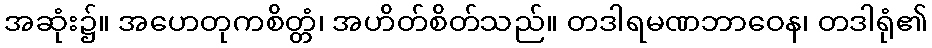
အဆုံး၌။ အဟေတုကစိတ္တံ၊ အဟိတ်စိတ်သည်။ တဒါရမဏဘာဝေန၊ တဒါရုံ၏